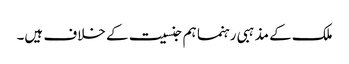
ملک کے مذہبی رہنما ہم جنسیت کے خلاف ہیں۔